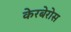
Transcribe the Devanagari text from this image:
केरबेरोस